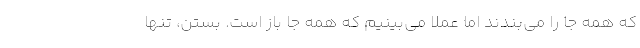
که همه جا را می‌بندند اما عملا می‌بینیم که همه جا باز است. بستن، تنها